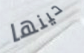
حينها